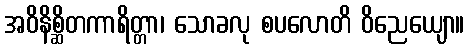
အဝိနိစ္ဆိတကာရိတ္တာ၊ သောခလု စပလောတိ ဝိညေယျော။